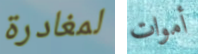
لمغادرة أموات